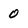
Character: 0